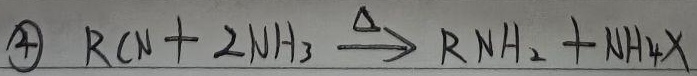
\textcircled{4} \(RCN + 2NH_{3}\xlongequal{\Delta}RNH_{2}+NH_{4}X\)这段内容中，普通文字部分“\textcircled{4}”不符合要求，应修正为：
\(\textcircled{4}\) \(RCN + 2NH_{3}\xlongequal{\Delta}RNH_{2}+NH_{4}X\)